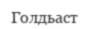
Голдьаст